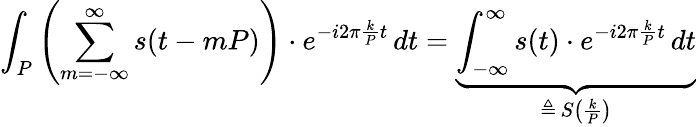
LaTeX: \int_{P}\left(\sum_{m=-\infty}^{\infty}s(t-mP)\right)\cdot e^{-i2\pi{\frac{k}{P}}t}\, dt=\underbrace{\int_{-\infty}^{\infty}s(t)\cdot e^{-i2\pi{\frac{k}{P}}t}\, dt}_{\triangleq\, S\left({\frac{k}{P}}\right)}